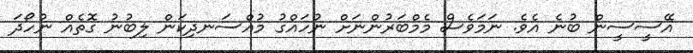
އޭސީސީން ބުނެ އެވެ. ނަމަވެސް މެމްބަރުންނަށް ނުހައްގު މުއްސަނދިކަން ލިބުނު ގޮތެއް ނުހޯދަ